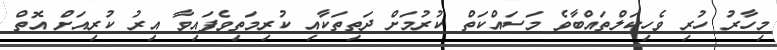
މިހާރު ހުރި ވެހިކަލްތައްބާވެ މަސައްކަތް ކުރުމަށް ދަތިތަކާއި ކުރިމަތިވެފައިވާ އިރު ކުރިއަށް އޮތް